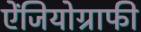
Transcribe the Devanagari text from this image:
ऐंजियोग्राफी